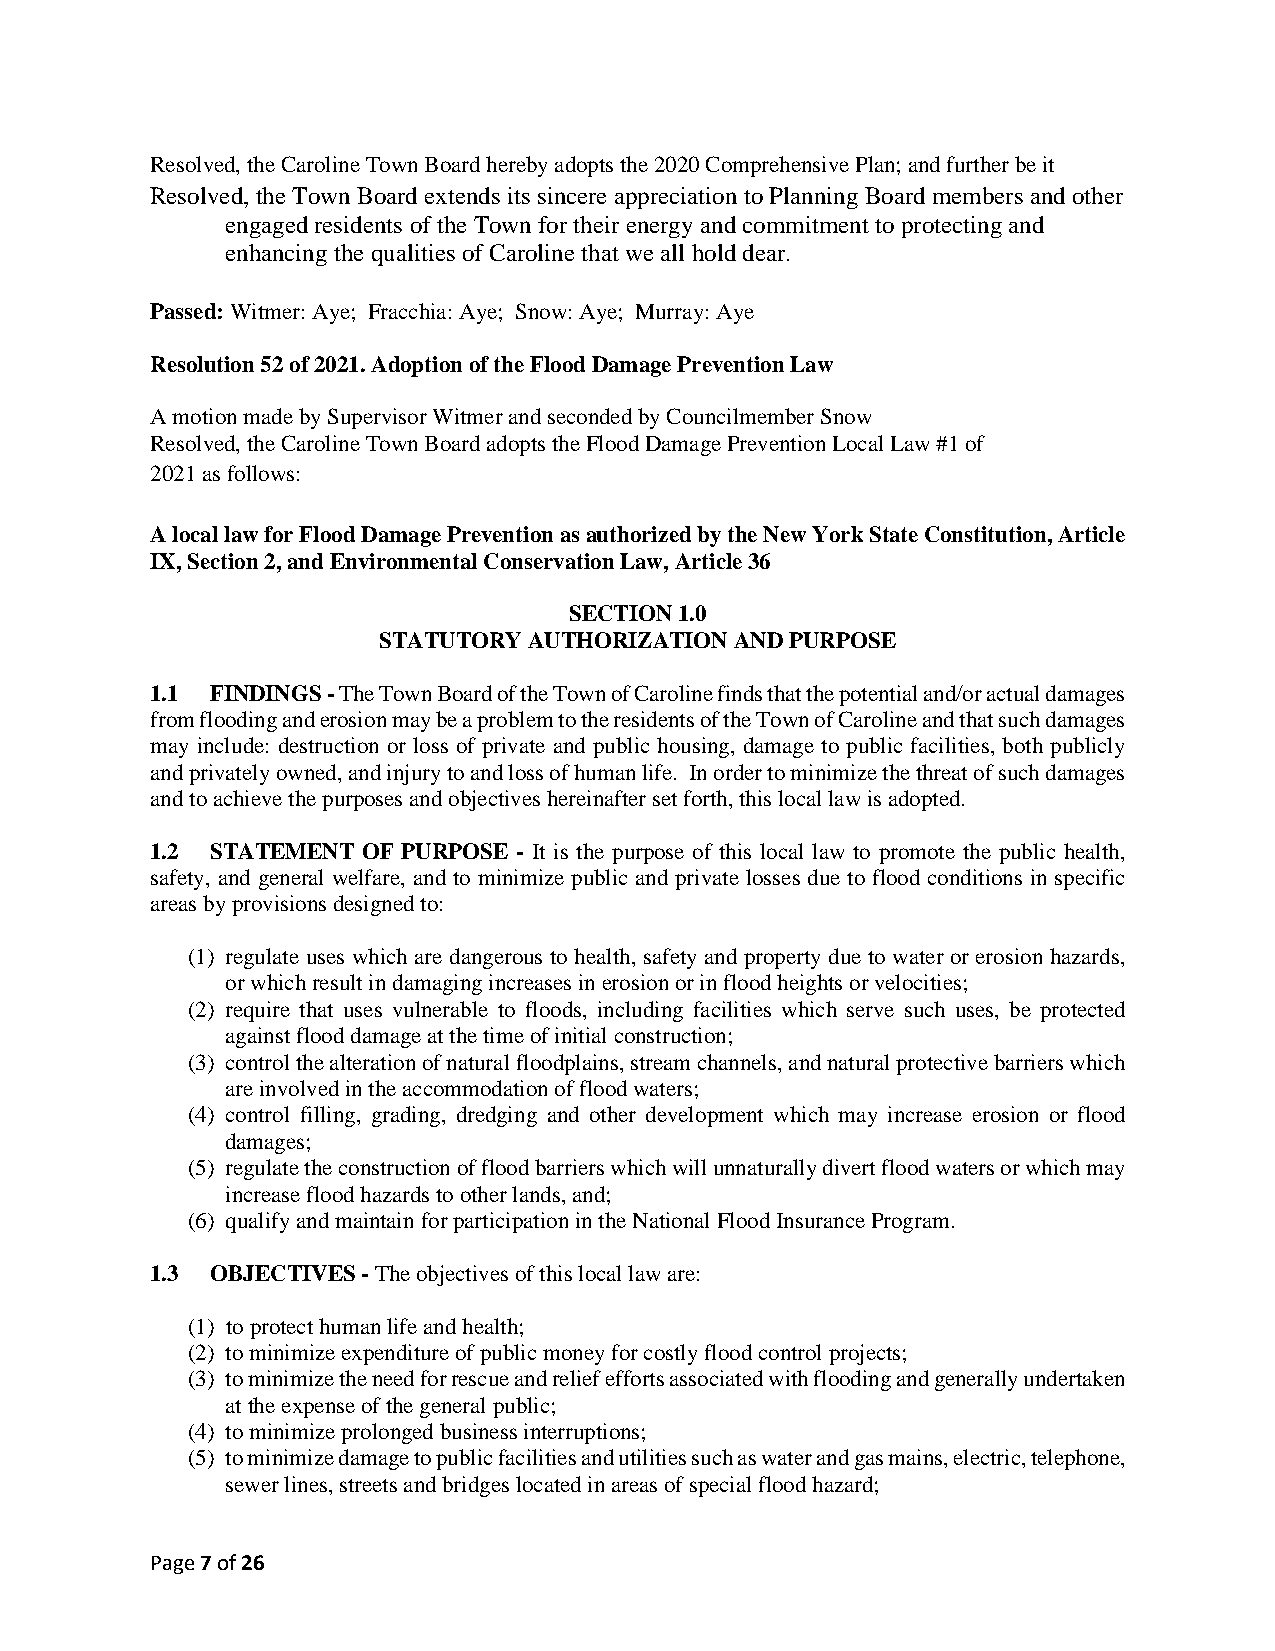
Resolved, the Caroline Town Board hereby adopts the 2020 Comprehensive Plan; and further be it
 Resolved, the Town Board extends its sincere appreciation to Planning Board members and other
 engaged residents of the Town for their energy and commitment to protecting and
 enhancing the qualities of Caroline that we all hold dear.
 Passed: Witmer: Aye; Fracchia: Aye; Snow: Aye; Murray: Aye
 Resolution 52 of 2021. Adoption of the Flood Damage Prevention Law
 A motion made by Supervisor Witmer and seconded by Councilmember Snow
 Resolved, the Caroline Town Board adopts the Flood Damage Prevention Local Law #1 of
 2021 as follows:
 A local law for Flood Damage Prevention as authorized by the New York State Constitution, Article
 IX, Section 2, and Environmental Conservation Law, Article 36
 SECTION 1.0
 STATUTORY AUTHORIZATION AND PURPOSE
 1.1 FINDINGS - The Town Board of the Town of Caroline finds that the potential and/or actual damages
 from flooding and erosion may be a problem to the residents of the Town of Caroline and that such damages
 may include: destruction or loss of private and public housing, damage to public facilities, both publicly
 and privately owned, and injury to and loss of human life. In order to minimize the threat of such damages
 and to achieve the purposes and objectives hereinafter set forth, this local law is adopted.
 1.2 STATEMENT OF PURPOSE - It is the purpose of this local law to promote the public health,
 safety, and general welfare, and to minimize public and private losses due to flood conditions in specific
 areas by provisions designed to:
 (1) regulate uses which are dangerous to health, safety and property due to water or erosion hazards,
 or which result in damaging increases in erosion or in flood heights or velocities;
 (2) require that uses vulnerable to floods, including facilities which serve such uses, be protected
 against flood damage at the time of initial construction;
 (3) control the alteration of natural floodplains, stream channels, and natural protective barriers which
 are involved in the accommodation of flood waters;
 (4) control filling, grading, dredging and other development which may increase erosion or flood
 damages;
 (5) regulate the construction of flood barriers which will unnaturally divert flood waters or which may
 increase flood hazards to other lands, and;
 (6) qualify and maintain for participation in the National Flood Insurance Program.
 1.3 OBJECTIVES - The objectives of this local law are:
 (1) to protect human life and health;
 (2) to minimize expenditure of public money for costly flood control projects;
 (3) to minimize the need for rescue and relief efforts associated with flooding and generally undertaken
 at the expense of the general public;
 (4) to minimize prolonged business interruptions;
 (5) to minimize damage to public facilities and utilities such as water and gas mains, electric, telephone,
 sewer lines, streets and bridges located in areas of special flood hazard;
 Page 7 of 26